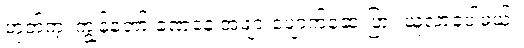
ဟုတ်ကဲ့၊ ကျွန်တော် ခဏနေ အဖျားပျောက်ဆေးပြား ယူလာခဲ့ပါမယ်။